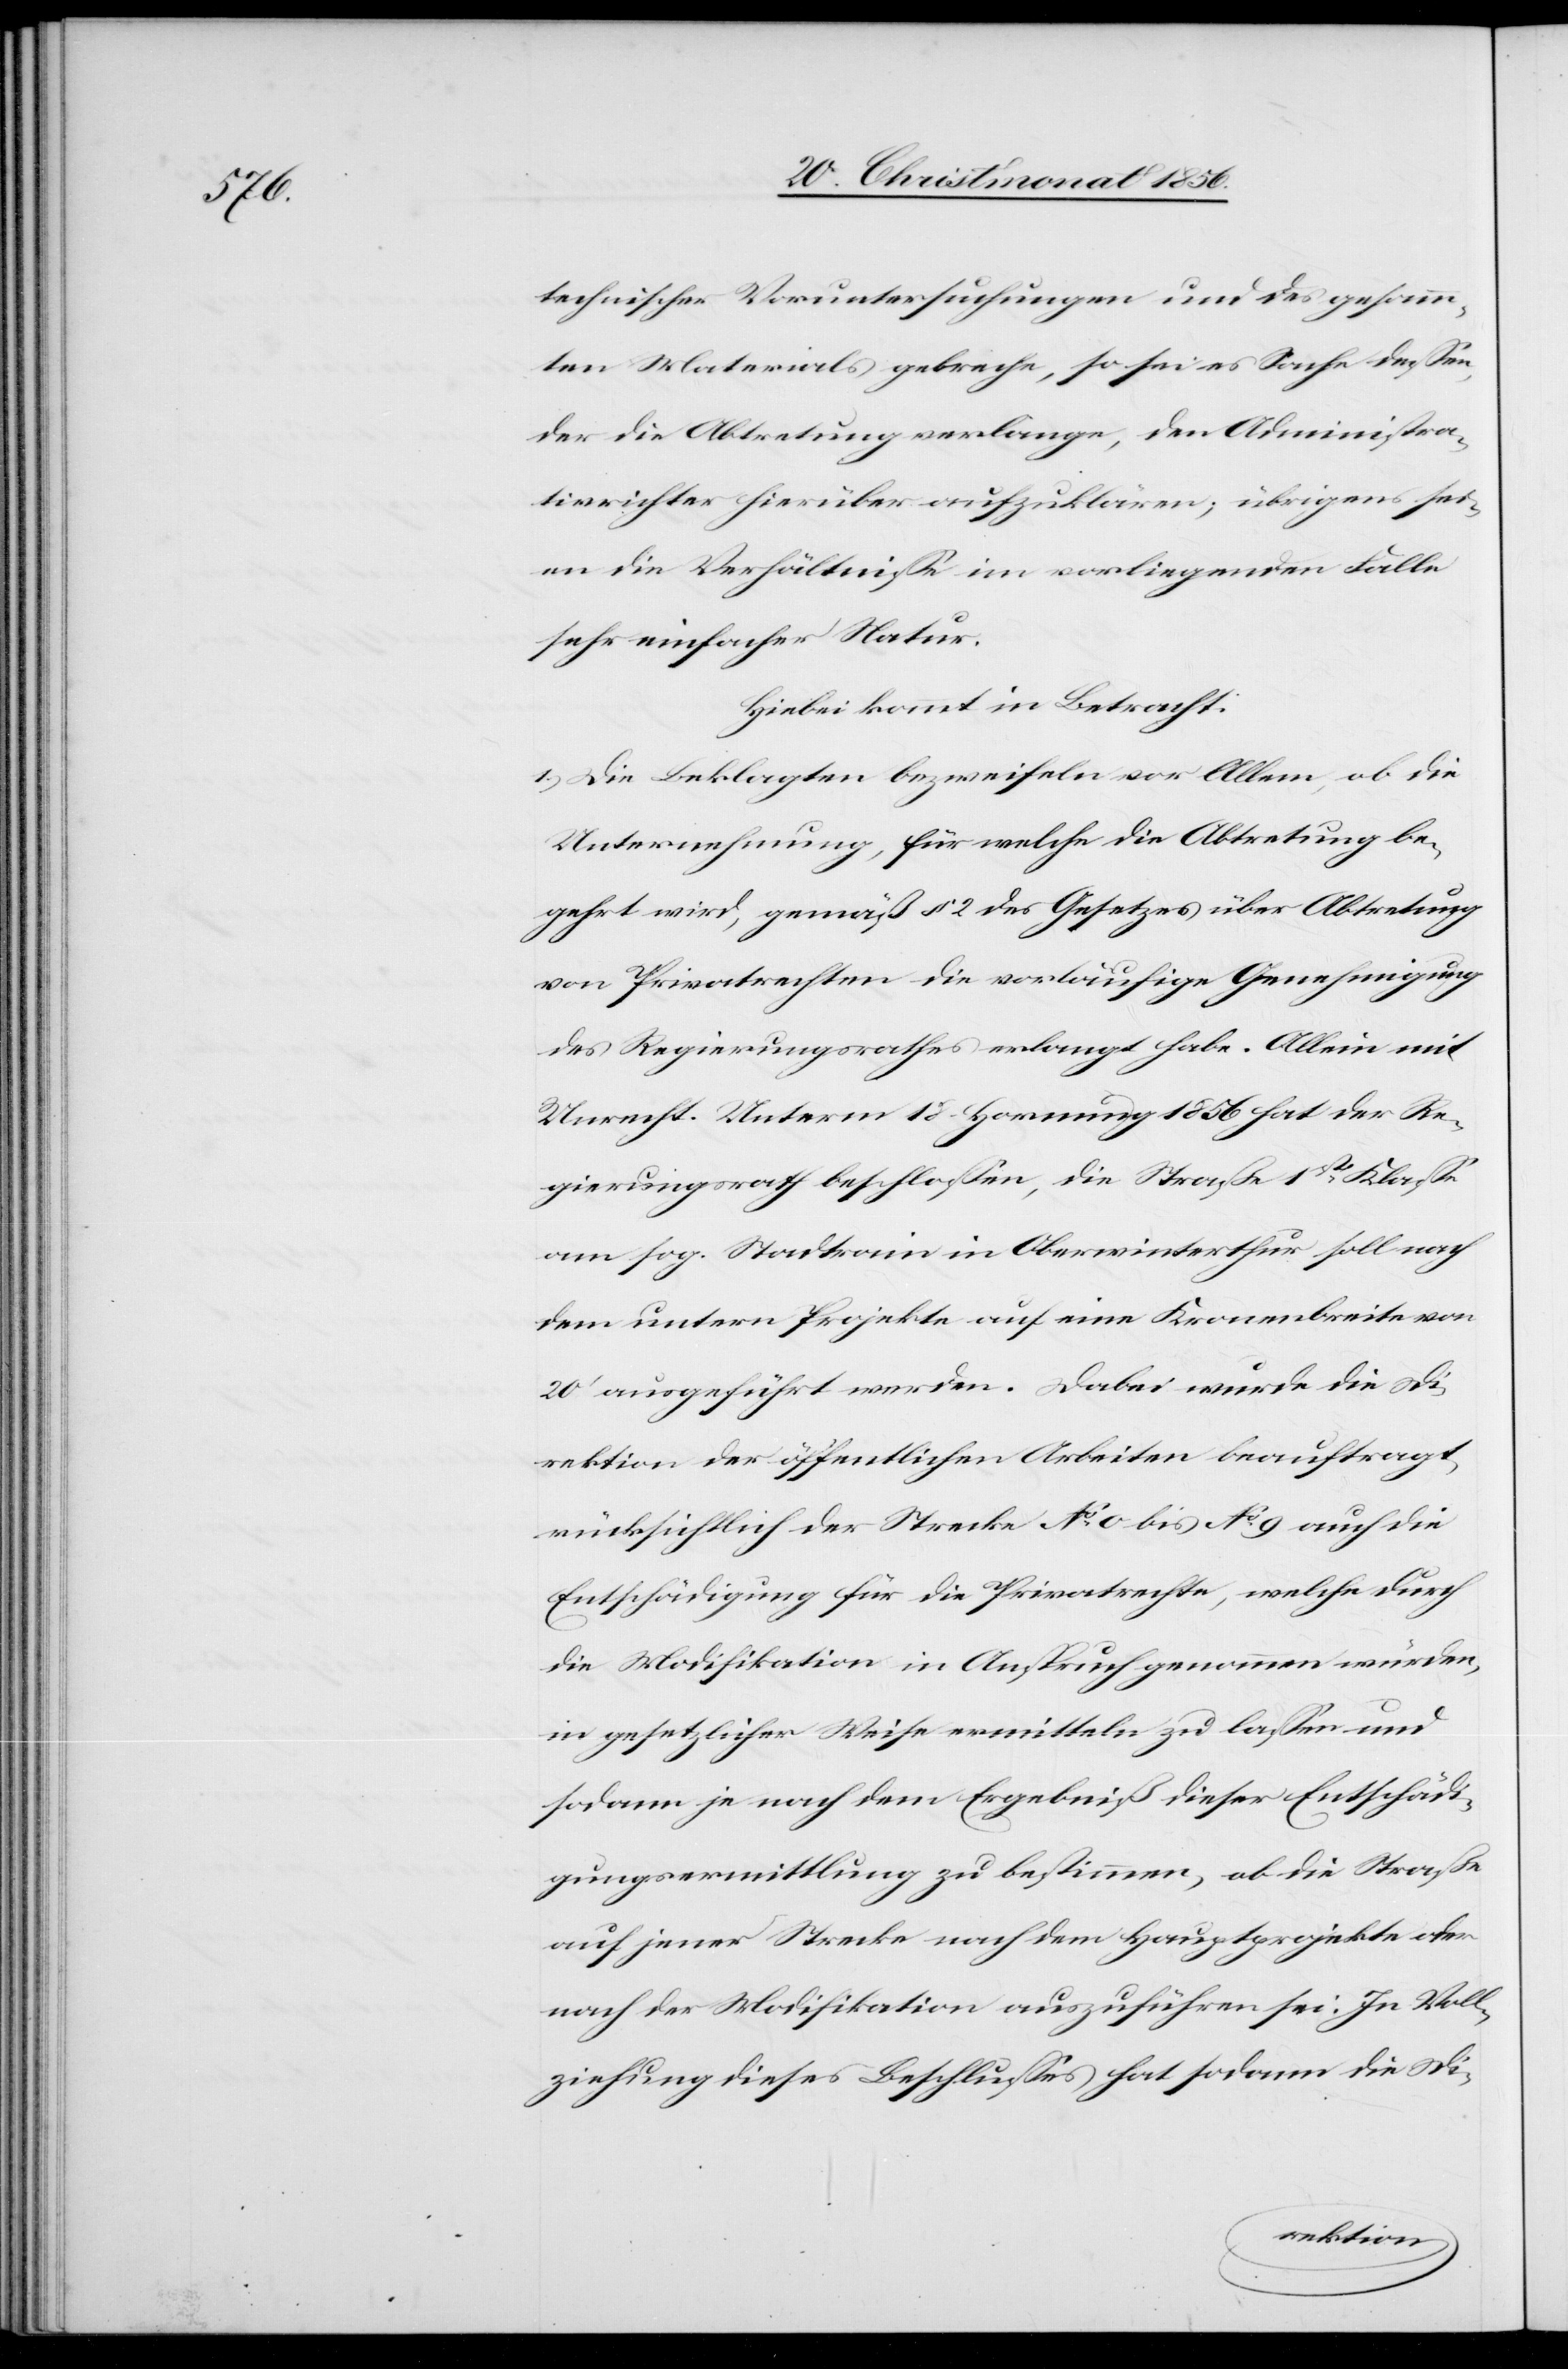
technischer Voruntersuchungen und des gesamm¬
ten Materials gebreche, so sei es Sache dessen,
der die Abtretung verlange, den Administra¬
tivrichter hierüber aufzuklären; übrigens sei¬
en die Verhältnisse im vorliegenden Falle
sehr einfacher Natur.
Hiebei kommt in Betracht:
1.) Die Beklagten bezweifeln vor Allem, ob die
Unternehmung, für welche die Abtretung be¬
gehrt wird, gemäß § 2 des Gesetzes über Abtretung
von Privatrechten die vorläufige Genehmigung
des Regierungsrathes erlangt habe. Allein mit
Unrecht. Unterm 18. Hornung 1856 hat der Re¬
gierungsrath beschlossen, die Straße 1st Klasse
am sog. Stadtrain in Oberwinterthur soll nach
dem untern Projekte auf eine Kronenbreite von
20' ausgeführt werden. Dabei wurde die Di¬
rektion der öffentlichen Arbeiten beauftragt
rücksichtlich der Strecke No 0 bis No 9 auch die
Entschädigung für die Privatrechte, welche durch
die Modifikation in Anspruch genommen würden,
in gesetzlicher Weise ermitteln zu lassen und
sodann je nach dem Ergebniß dieser Entschädi¬
gungsermittlung zu bestimmen, ob die Straße
auf jener Strecke nach dem Hauptprojekte oder
nach der Modifikation auszuführen sei. In Voll¬
ziehung dieses Beschlusses hat sodann die Di-